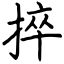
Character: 捽